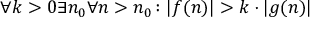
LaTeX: \forall k > 0 \exists n _ { 0 } \forall n > n _ { 0 } \colon | f ( n ) | > k \cdot | g ( n ) |